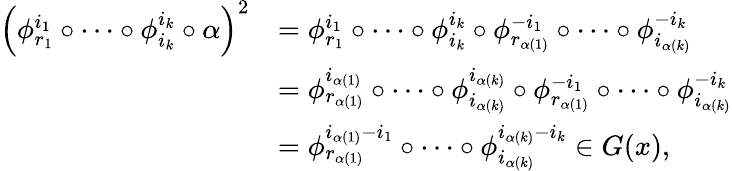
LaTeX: \begin{array}{rl}{\left(\phi_{r_{1}}^{i_{1}}\circ\cdots\circ\phi_{i_{k}}^{i_{k}}\circ\alpha\right)^{2}}&{=\phi_{r_{1}}^{i_{1}}\circ\cdots\circ\phi_{i_{k}}^{i_{k}}\circ\phi_{r_{\alpha(1)}}^{-i_{1}}\circ\cdots\circ\phi_{i_{\alpha(k)}}^{-i_{k}}}\\ &{=\phi_{r_{\alpha(1)}}^{i_{\alpha(1)}}\circ\cdots\circ\phi_{i_{\alpha(k)}}^{i_{\alpha(k)}}\circ\phi_{r_{\alpha(1)}}^{-i_{1}}\circ\cdots\circ\phi_{i_{\alpha(k)}}^{-i_{k}}}\\ &{=\phi_{r_{\alpha(1)}}^{i_{\alpha(1)}-i_{1}}\circ\cdots\circ\phi_{i_{\alpha(k)}}^{i_{\alpha(k)}-i_{k}}\in G(x),}\end{array}